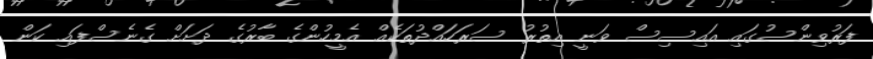
ފަރުވިންސުގައި އައިސިސް ވަނީ އިތުރު ސަރަހައްދުތަކެއް އެމީހުންގެ ބާރުގެ ދަށަށް ގެނެސްފައި ކަން